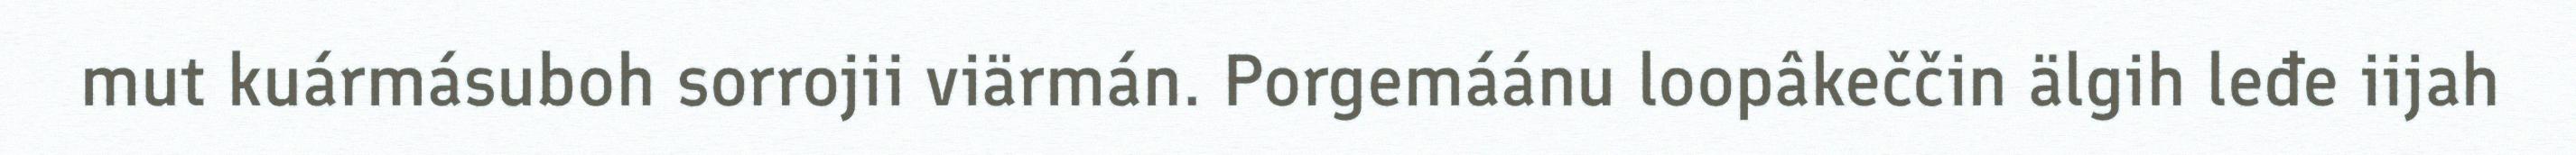
mut kuármásuboh sorrojii viärmán. Porgemáánu loopâkeččin älgih leđe iijah